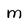
Character: M